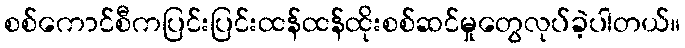
စစ်ကောင်စီကပြင်းပြင်းထန်ထန်ထိုးစစ်ဆင်မှုတွေလုပ်ခဲ့ပါတယ်။